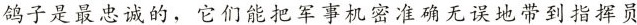
鸽子是最忠诚的，它们能把军事机密准确无误地带到指挥员